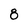
Character: 8